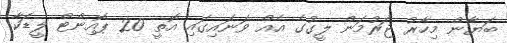
ބަޔާން މިހާރު ޖަރުމަން ލީގުގެ އެއް ވަނައިގައި އޮތީ 20 ޕޮއިންޓް ލީޑަކާ